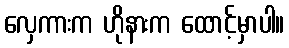
လှေကားက ဟိုနားက ထောင့်မှာပါ။